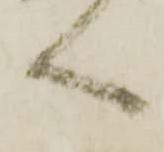
へ